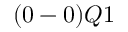
( 0 - 0 ) Q 1